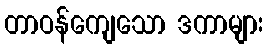
တာဝန်ကျေသော ဒကာများ